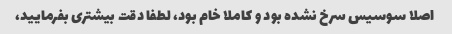
اصلا سوسیس سرخ نشده بود و کاملا خام بود، لطفا دقت بیشتری بفرمایید،